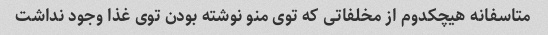
متاسفانه هیچکدوم از مخلفاتی که توی منو نوشته بودن توی غذا وجود نداشت